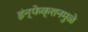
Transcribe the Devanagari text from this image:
इंन्फेक्शनमुळे